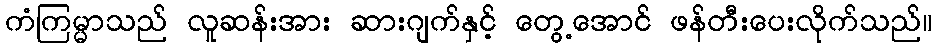
ကံကြမ္မာသည် လူဆန်းအား ဆားဂျက်နှင့် တွေ့အောင် ဖန်တီးပေးလိုက်သည်။